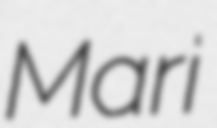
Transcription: Mari